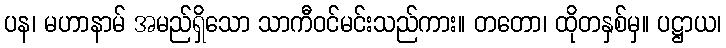
ပန၊ မဟာနာမ် အမည်ရှိသော သာကီဝင်မင်းသည်ကား။ တတော၊ ထိုတနှစ်မှ။ ပဋ္ဌာယ၊